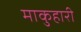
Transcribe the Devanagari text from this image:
माकुहारी